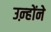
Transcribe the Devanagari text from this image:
उऩ्होंने